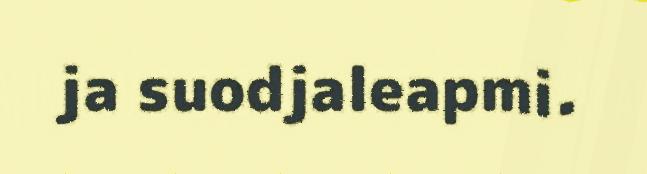
ja suodjaleapmi.